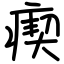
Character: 瘈